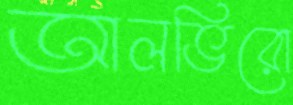
আলভিরো